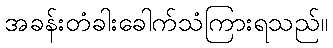
အခန်းတံခါးခေါက်သံကြားရသည်။